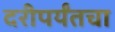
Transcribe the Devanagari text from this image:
दरीपर्यंतचा